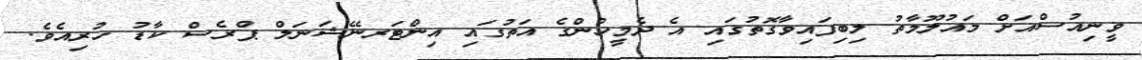
ވީނިއުސްއަށް މައުލޫމާތު ލިބިފައިވާގޮތުގައި އެ ދެމީހުންގެ އަތުގައި އިންޓަރނޭޝަނަލް ޕްރެސް ކާޑު ހުރިއެވެ.